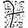
Digit: 7